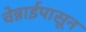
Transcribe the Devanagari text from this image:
चेन्नाईपासून